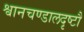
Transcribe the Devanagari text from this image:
श्वानचण्डालदृष्टौ